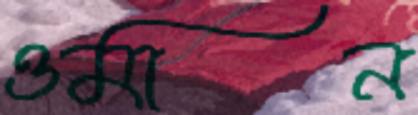
ওমান